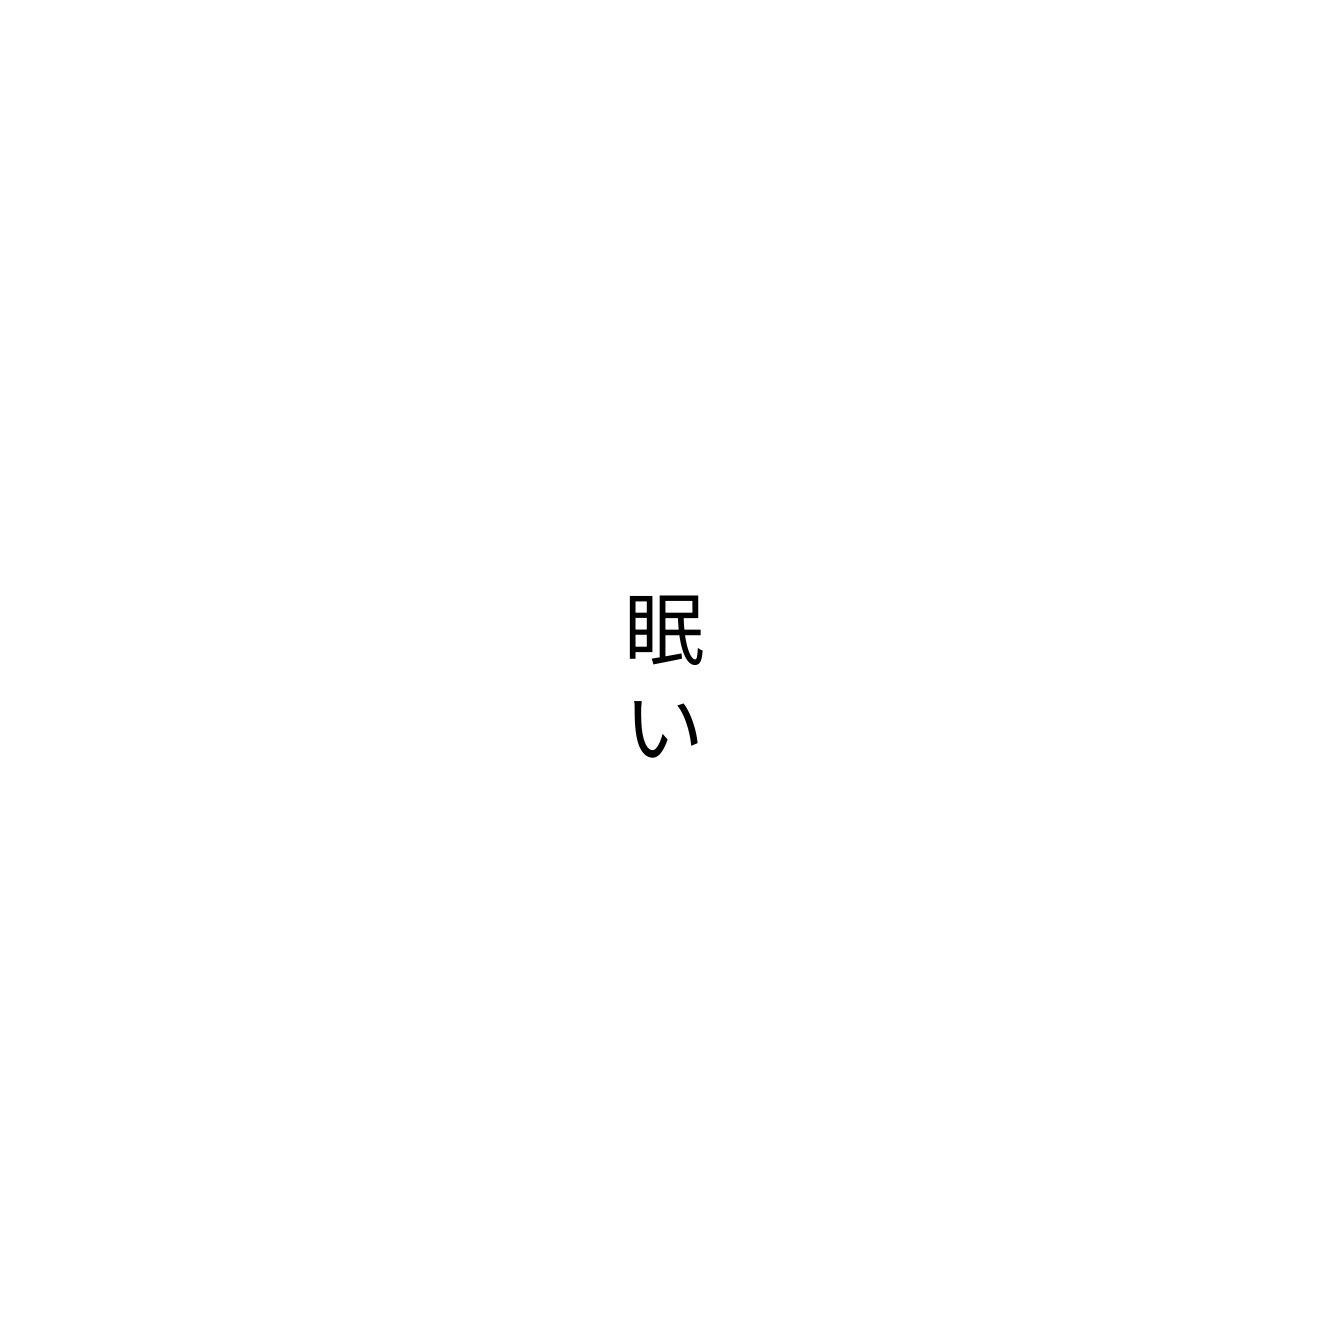
眠い